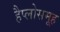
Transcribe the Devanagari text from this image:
हैप्लोसमूह